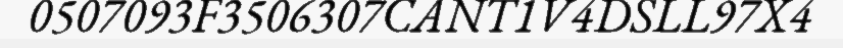
0507093F3506307CANT1V4DSLL97X4